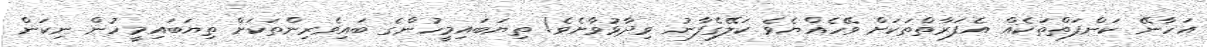
އަހާނޭ ކަންފަތްތަކެއް އެފަރާތްތަކަށް ވޭހެއްޔެވެ ކަލޭގެފާނު ވިދާޅުވާށެވެ! ތިޔަބައިމީހުންގެ ބައިވެރިންތަކަށް ތިޔަބައިމީހުން ނިކަން